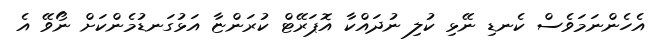
އެހެންނަމަވެސް ކެނޑި ނޭޅި ކުލި ނުދައްކާ އޮޕަރޭޓް ކުރަންޏާ އަޅުގަނޑުމެންކަށް ނޯވޭ އެ